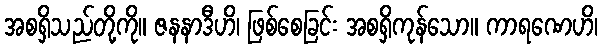
အစရှိသည်တို့ကို။ ဇနနာဒီဟိ၊ ဖြစ်စေခြင်း အစရှိကုန်သော။ ကာရဏေဟိ၊